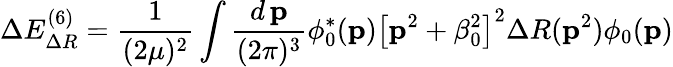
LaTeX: \Delta E_{\Delta R}^{(6)}=\frac 1{(2\mu)^{2}}\int\frac{d\, {\mathbf p}}{(2\pi)^{3}}\phi_{0}^{*}({\mathbf p})\left[{\mathbf p}^{2}+\beta_{0}^{2}\right]^{2}\Delta R({\mathbf p}^{2})\phi_{0}({\mathbf p})